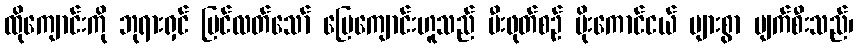
ထိုကျောင်းကို ဘုရားရှင် မြင်လတ်သော် မြေကျောင်းဟူသည် မီးဖုတ်စဉ် ပိုးကောင်ငယ် များစွာ ပျက်စီးသည်၊